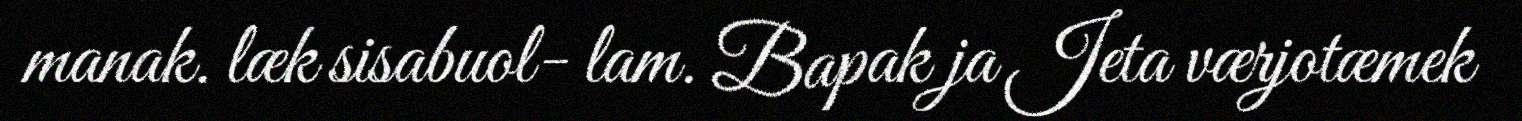
manak. læk sisabuol- lam. Bapak ja Jeta værjotæmek